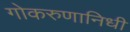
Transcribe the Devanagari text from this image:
गोकरुणानिधी